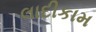
લાદીકામ